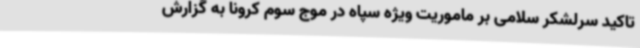
تاکید سرلشکر سلامی بر ماموریت ویژه سپاه در موج سوم کرونا به گزارش